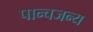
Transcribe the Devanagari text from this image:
पान्चजन्य